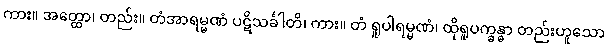
ကား။ အတ္ထော၊ တည်း။ တံအာရမ္မဏံ ပဋိသင်္ခါတိ၊ ကား။ တံ ရူပါရမ္မဏံ၊ ထိုရူပက္ခန္ဓာ တည်းဟူသော